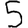
Digit: 5